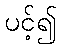
ပင့်၍